Scottish Leaving Certificate Examination, 1957
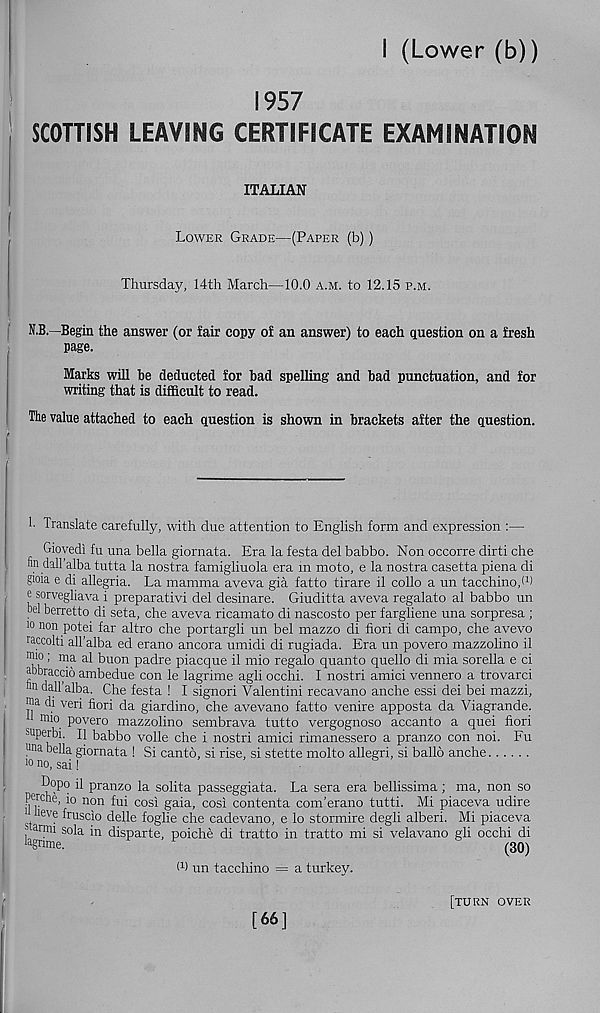
I (Lower (b))
1957
SCOTTISH LEAVING CERTIFICATE EXAMINATION
ITALIAN
Lower Grade—(Paper (b))
Thursday, 14th March—10.0 a.m. to 12.15 p.m.
N.B.—Begin the answer (or fair copy of an answer) to each question on a fresh
page.
Marks will be deducted for bad spelling and bad punctuation, and for
writing that is difficult to read.
The value attached to each question is shown in brackets after the question.
f
1- Translate carefully, with due attention to English form and expression :—
Gioyedi fu una bella giornata. Era la festa del babbo. Non occorre dirti che
nn dall’alba tutta la nostra famigliuola era in moto, e la nostra casetta plena di
poia e di allegria. La mamma aveva gia fatto tirare il collo a un tacchino/ 1 )
e sorvegliava i preparativi del desinare. Giuditta aveva regalato al babbo un
Del berretto di seta, che aveva ricamato di nascosto per fargliene una sorpresa ;
io non potei far altro che portargli un bel mazzo di fiori di campo, che avevo
raccolti all’alba ed erano ancora umidi di rugiada. Era un povero mazzolino il
■Dio; ma al buon padre piacque il mio regalo quanto quello di mia sorella e ci
abbraccio ambedue con le lagrime agli occhi. I nostri amici vennero a trovarci
n nail alba. Che festa ! I signori Valentini recavano anche essi dei bei mazzi,
ma di veri fiori da giardino, che avevano fatto venire apposta da Viagrande.
mio povero mazzolino sembrava tutto vergognoso accanto a quei fiori
superbi. Il babbo voile che i nostri amici rimanessero a pranzo con noi. Fu
una bella giornata ! Si canto, si rise, si stette molto allegri, si ballo anche
10 no, sai!
Dopo il pranzo la solita passeggiata. La sera era bellissima; ma, non so
perche, io non fui cosi gaia, cosi contenta com’erano tutti. Mi piaceva udire
' leve fruscio delle foglie che cadevano, e lo stormire degli alberi. Mi piaceva
, armi s°la in disparte, poiche di tratto in tratto mi si velavano gli occhi di
la gnme.
F
(30)
W un tacchino = a turkey.
[66]
[turn over